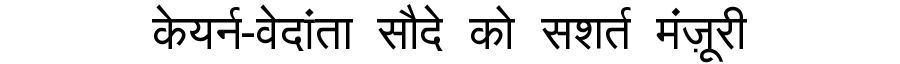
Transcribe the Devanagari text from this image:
केयर्न-वेदांता सौदे को सशर्त मंज़ूरी